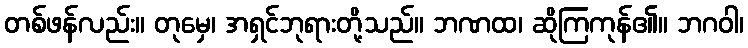
တစ်ဖန်လည်း။ တုမှေ၊ အရှင်ဘုရားတို့သည်။ ဘဏထ၊ ဆိုကြကုန်၏။ ဘဂဝါ၊